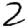
Digit: 2